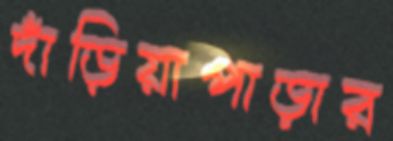
দাঁড়িয়াপাড়ার